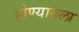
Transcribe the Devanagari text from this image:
होण्यातला